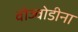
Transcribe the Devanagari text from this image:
वोज्वोडीना